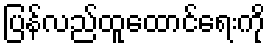
ပြန်လည်ထူထောင်ရေးကို